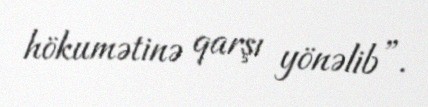
hökumətinə qarşı yönəlib”.